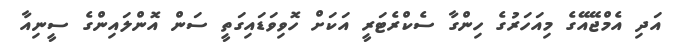
އަދި އެމްޖޭއޭގެ މިއަހަރުގެ ހިންގާ ސެކްރެޓަރީ އަކަށް ހޮވިވަޑައިގަތީ ސަން އޮންލައިންގެ ސީނިއާ